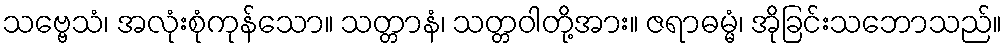
သဗ္ဗေသံ၊ အလုံးစုံကုန်သော။ သတ္တာနံ၊ သတ္တဝါတို့အား။ ဇရာဓမ္မံ၊ အိုခြင်းသဘောသည်။